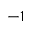
^ { - 1 }